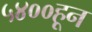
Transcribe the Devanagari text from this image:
५४००हून